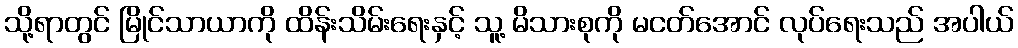
သို့ရာတွင် မြိုင်သာယာကို ထိန်းသိမ်းရေးနှင့် သူ့ မိသားစုကို မငတ်အောင် လုပ်ရေးသည် အပါယ်